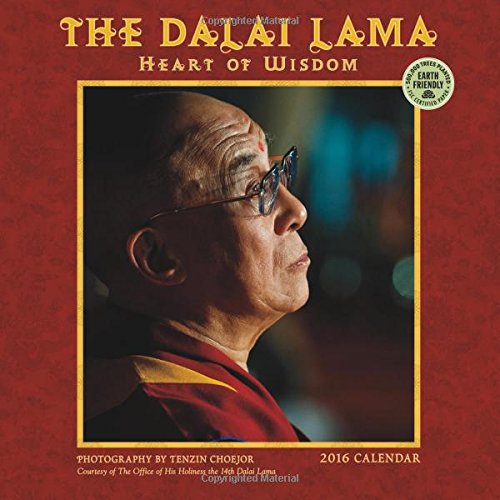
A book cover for The Dalai Lama 2016 Wall Calendar; The Dalai Lama; Calendars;